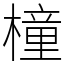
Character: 橦